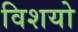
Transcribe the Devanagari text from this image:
विशयो